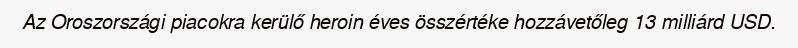
Az Oroszországi piacokra kerülő heroin éves összértéke hozzávetőleg 13 milliárd USD.